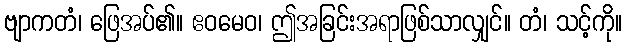
ဗျာကတံ၊ ဖြေအပ်၏။ ဧဝမေဝ၊ ဤအခြင်းအရာဖြစ်သာလျှင်။ တံ၊ သင့်ကို။